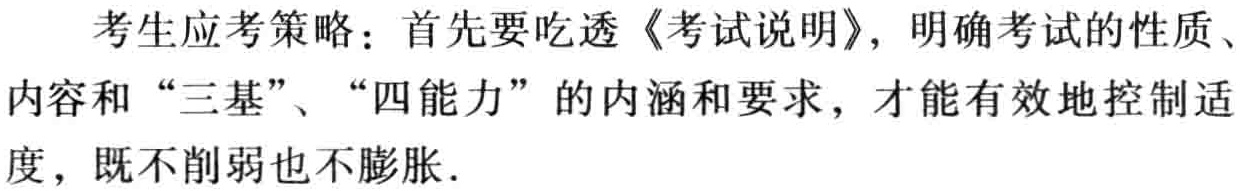
考生应考策略：首先要吃透《考试说明》，明确考试的性质、内容和 “三基”、“四能力” 的内涵和要求，才能有效地控制适度，既不削弱也不膨胀.